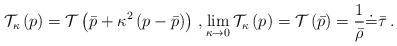
LaTeX: \begin{align*} \mathcal{T}_{\kappa}\left(p\right) = \mathcal{T}\left(\bar p + \kappa^{2} \left(p-\bar p\right)\right)\,, \lim_{\kappa\to 0}\mathcal{T}_{\kappa}\left(p\right)=\mathcal{T}\left(\bar p\right)=\frac{1}{\bar \rho}\dot = \bar \tau\,.\end{align*}